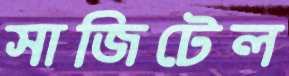
সাজিটেল